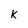
Character: k